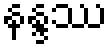
နန္ဒဿ